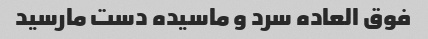
فوق العاده سرد و ماسیده دست مارسید